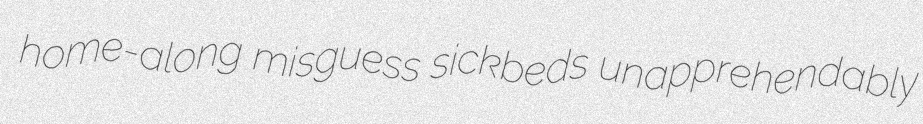
home-along misguess sickbeds unapprehendably